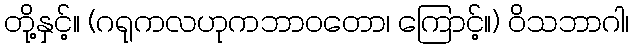
တို့နှင့်။ (ဂရုကလဟုကဘာဝတော၊ ကြောင့်။) ဝိသဘာဂါ၊